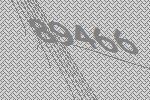
89466